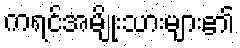
ကရင်အမျိုးသားများ၏